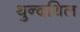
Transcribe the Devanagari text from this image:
थुन्दथिल